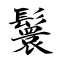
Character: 鬟